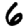
Digit: 6